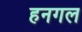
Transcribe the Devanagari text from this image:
हनगल